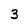
Character: 3